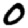
Digit: 0